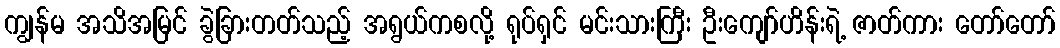
ကျွန်မ အသိအမြင် ခွဲခြားတတ်သည့် အရွယ်ကစလို့ ရုပ်ရှင် မင်းသားကြီး ဦးကျော်ဟိန်းရဲ့ ဇာတ်ကား တော်တော်